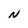
Character: N